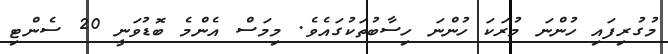
މުގުރިފައި ހުންނަ މުރަކަ ހުންނަ ހިސާބުތަކުގައެވެ. މިމަސް އެންމެ ބޮޑުވަނީ 20 ސެންޓި